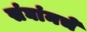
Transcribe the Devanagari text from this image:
संघांनचे